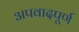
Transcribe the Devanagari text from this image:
अपवादपूर्ण